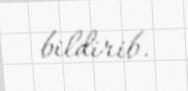
bildirib.